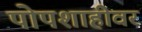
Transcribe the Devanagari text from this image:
पोपशाहीवर